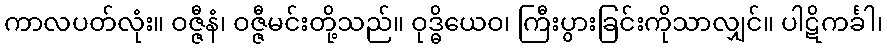
ကာလပတ်လုံး။ ဝဇ္ဇီနံ၊ ဝဇ္ဇီမင်းတို့သည်။ ဝုဒ္ဓိယေဝ၊ ကြီးပွားခြင်းကိုသာလျှင်။ ပါဋိကင်္ခါ၊